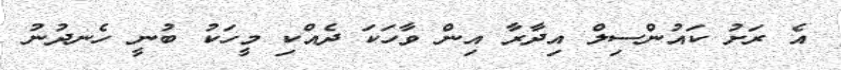
އެ ރަށު ކައުންސިލް އިދާރާ އިން ވާހަކަ ދެއްކި މީހަކު ބުނީ ހެނދުނު